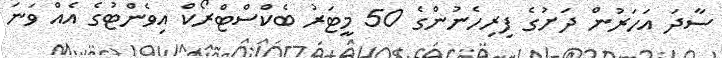
ސާދަ އަހަރުން ދަށުގެ ފިރިހެނުންގެ 50 މީޓަރު ބެކްސްޓްރޯކް އިވެންޓުގެ އެއް ވަނަ